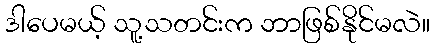
ဒါပေမယ့် သူ့သတင်းက ဘာဖြစ်နိုင်မလဲ။